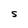
Character: S